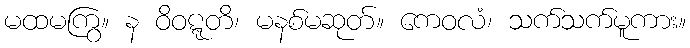
မထမကြွ။ န ဝိဝဋ္ဋတိ၊ မနစ်မဆုတ်။ ကေဝလံ၊ သက်သက်မူကား။